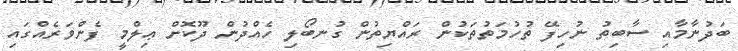
ބަދުނާމާއި ސާބިތު ނުހިފޭ ތުހުމަތުތަކުން ރައްޔިތުން ގުނބޯލި ހެއްދުން ދޫކޮށް ޢިލްމީ ފެންވަރެއްގައި